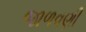
જાળવણી